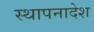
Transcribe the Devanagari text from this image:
स्थापनादेश